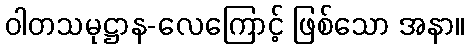
ဝါတသမုဋ္ဌာန-လေကြောင့် ဖြစ်သော အနာ။